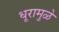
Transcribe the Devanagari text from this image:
धूरामुळे